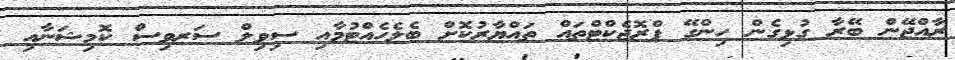
ރާއްޖޭން ބޭރާ ގުޅިގެން ހިންގޭ ޕްރޮޖެކްޓްތައް ތައްޔާރުކޮށް ބެލެހެއްޓުމާއި ސިވިލް ސަރވިސް ކޮމިޝަނާއި